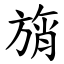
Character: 旓